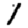
Digit: 1